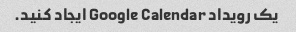
یک رویداد Google Calendar ایجاد کنید.